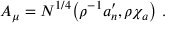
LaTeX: A _ { \mu } = N ^ { 1 / 4 } \big ( \rho ^ { - 1 } a _ { n } ^ { \prime } , \rho \chi _ { a } \big ) \ .